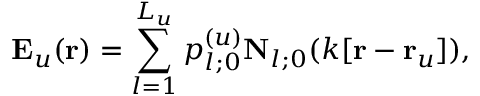
{ \bf E } _ { u } ( { \bf r } ) = \sum _ { l = 1 } ^ { L _ { u } } p _ { l ; 0 } ^ { ( u ) } { \bf N } _ { l ; 0 } ( k [ { \bf r } - { \bf r } _ { u } ] ) ,